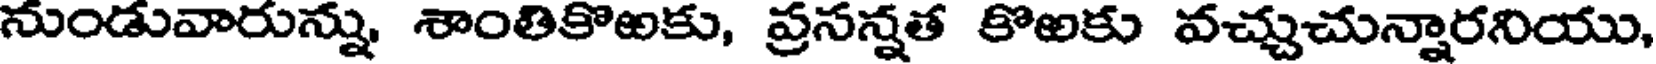
నుండువారున్ను, శాంతికొఱకు, ప్రసన్నత కొఱకు వచ్చుచున్నారనియు,